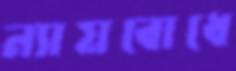
ন্যায়বোধে